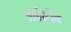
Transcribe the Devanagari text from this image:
आईस्टीन